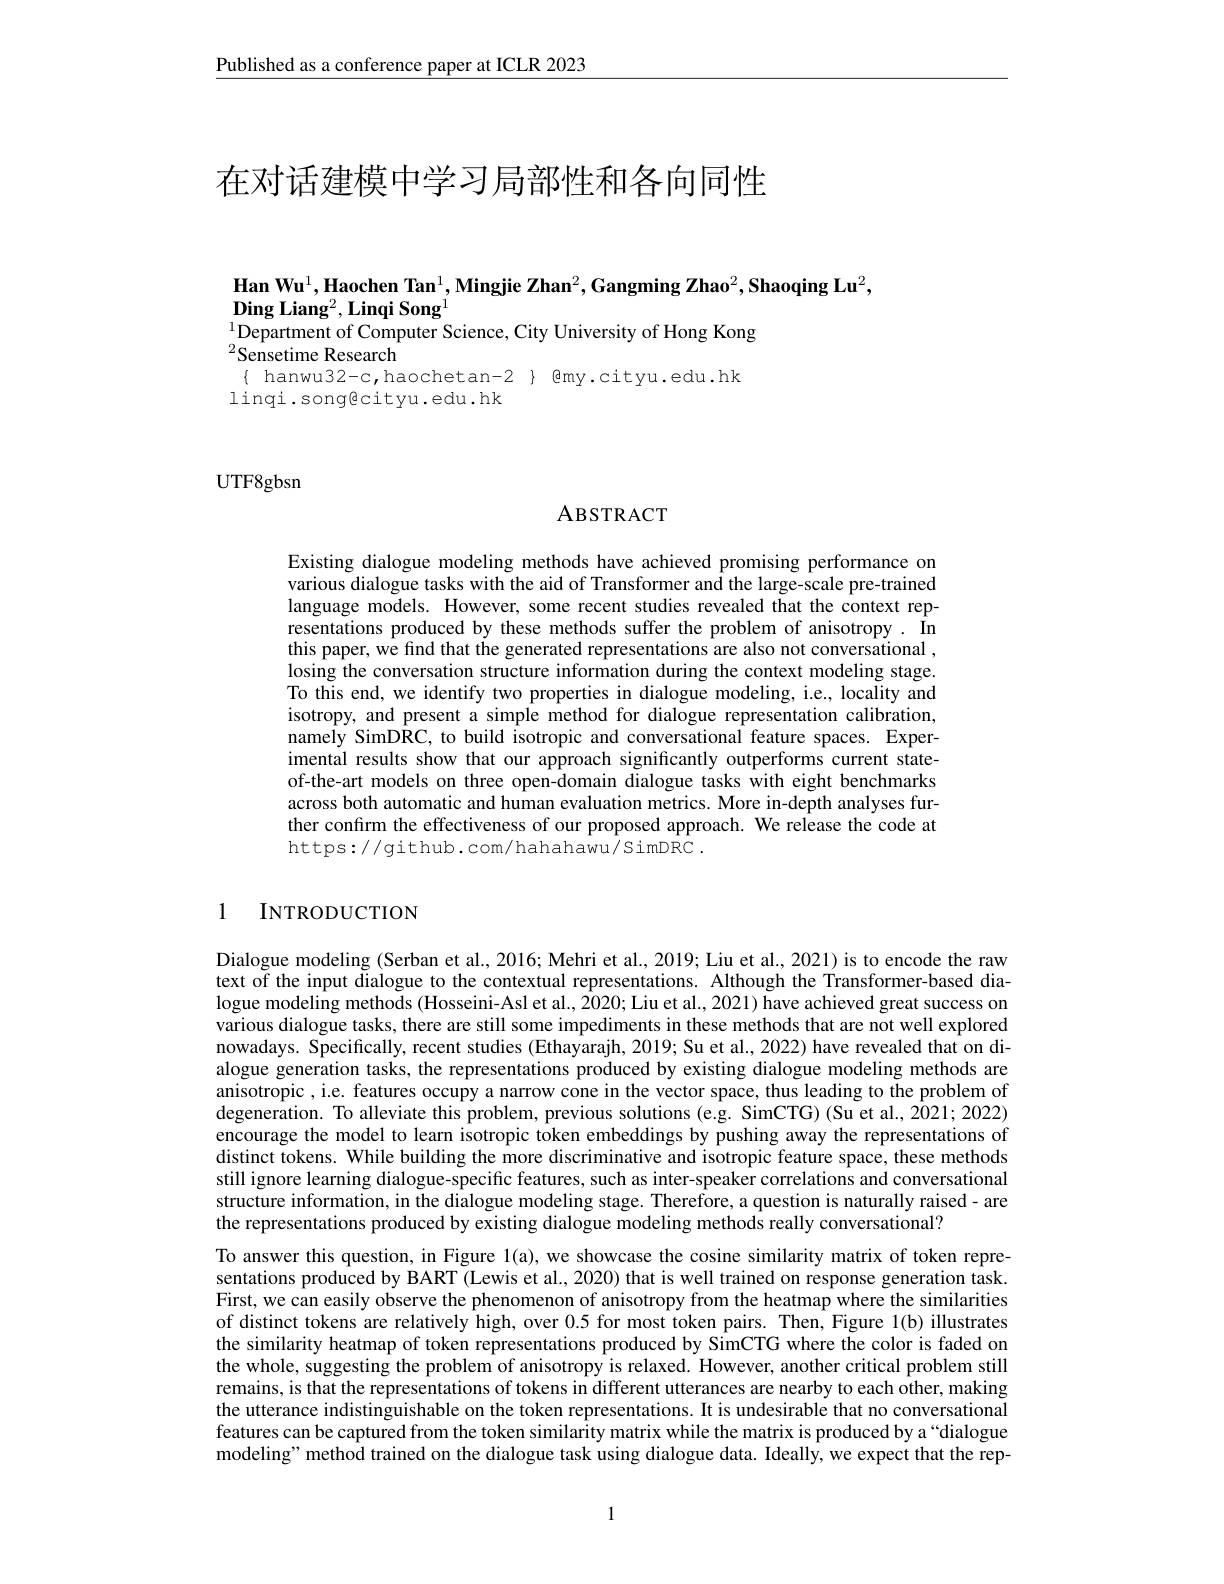
Published as a conference paper at ICLR 2023

# 在对话建模中学习局部性和各向同性

Han Wu$^1,\textbf{Haochen Tan}^1,\textbf{Mingjie Zhan}^2,\textbf{Gangming Zhao}^2,\textbf{Shaoqing Lu}^2$,
${\mathbf{DingLiang}^{2},\mathbf{LinqiSong}^{1}}$
$^{1}$Department of Computer Science, City University of Hong Kong
$^{2}\hat{\mathrm{Sensetime~Research}}$

$\{$ hanwu32-c,haochetan-2} { @my.cityu.edu.hk

linqi.songecityu.edu.hk

UTF8gbsn

## ABSTRACT

Existing dialogue modeling methods have achieved promising performance on various dialogue tasks with the aid of Transformer and the large-scale pre-trained language models. However, some recent studies revealed that the context representations produced by these methods suffer the problem of anisotropy. In this paper, we find that the generated representations are also not conversational , losing the conversation structure information during the context modeling stage. To this end, we identify two properties in dialogue modeling, i.e., locality and isotropy, and present a simple method for dialogue representation calibration, namely SimDRC, to build isotropic and conversational feature spaces. Experimental results show that our approach significantly outperforms current stateof-the-art models on three open-domain dialogue tasks with eight benchmarks across both automatic and human evaluation metrics. More in-depth analyses further confirm the effectiveness of our proposed approach. We release the code at https://github.com/hahahawu/SimDRC.

1 INTRODUCTION

Dialogue modeling (Serban et al., 2016; Mehri et al., 2019; Liu et al., 2021) is to encode the raw text of the input dialogue to the contextual representations. Although the Transformer-based dialogue modeling methods (Hosseini-Asl et al., 2020; Liu et al., 2021) have achieved great success on various dialogue tasks, there are still some impediments in these methods that are not well explored nowadays. Specifically, recent studies (Ethayarajh, 2019; Su et al., 2022) have revealed that on dialogue generation tasks, the representations produced by existing dialogue modeling methods are anisotropic, i.e. features occupy a narrow cone in the vector space, thus leading to the problem of degeneration. To alleviate this problem, previous solutions (e.g. SimCTG)(Su et al., 2021; 2022) encourage the model to learn isotropic token embeddings by pushing away the representations of distinct tokens. While building the more discriminative and isotropic feature space, these methods still ignore learning dialogue-specific features, such as inter-speaker correlations and conversational structure information, in the dialogue modeling stage. Therefore, a question is naturally raised- are the representations produced by existing dialogue modeling methods really conversational?
To answer this question, in Figure 1(a), we showcase the cosine similarity matrix of token representations produced by BART (Lewis et al., 2020) that is well trained on response generation task. First, we can easily observe the phenomenon of anisotropy from the heatmap where the similarities of distinct tokens are relatively high, over 0.5 for most token pairs. Then, Figure 1(b) illustrates the similarity heatmap of token representations produced by SimCTG where the color is faded on the whole, suggesting the problem of anisotropy is relaxed. However, another critical problem still remains, is that the representations of tokens in different utterances are nearby to each other, making the utterance indistinguishable on the token representations. It is undesirable that no conversational features can be captured from the token similarity matrix while the matrix is produced by a “dialogue modeling" method trained on the dialogue task using dialogue data. Ideally, we expect that the rep-

1